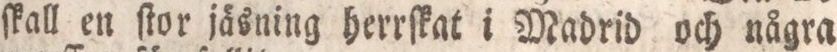
ſkall en ſtor jäsning herrſkat i Madrid och några